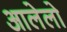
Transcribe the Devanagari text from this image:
आलेलो